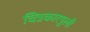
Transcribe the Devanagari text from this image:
चित्रकारपुली